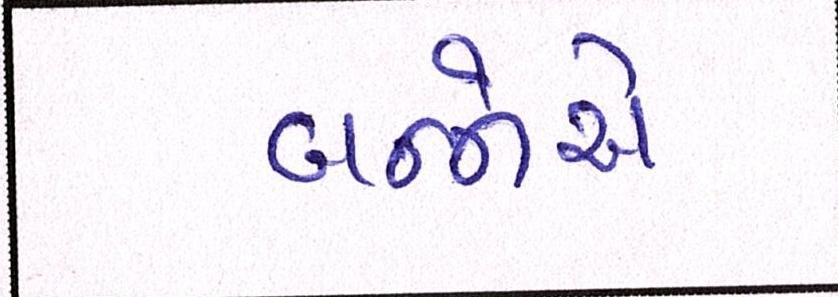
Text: બન્નેએ